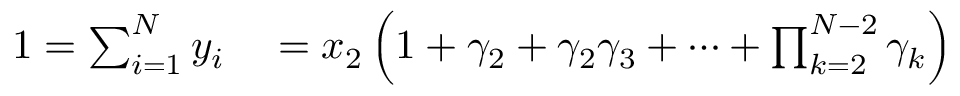
\begin{array} { r l } { 1 = \sum _ { i = 1 } ^ { N } y _ { i } } & { { } = x _ { 2 } \left( 1 + \gamma _ { 2 } + \gamma _ { 2 } \gamma _ { 3 } + \cdots + \prod _ { k = 2 } ^ { N - 2 } \gamma _ { k } \right) } \end{array}